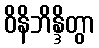
ဝိနိဘိန္ဒိတွာ